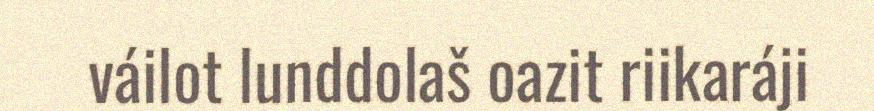
váilot lunddolaš oazit riikaráji